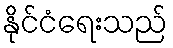
နိုင်ငံရေးသည်